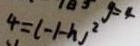
4 = ( - 1 - h ) ^ { 2 }